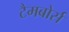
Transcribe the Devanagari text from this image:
टैमबोर्स